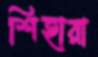
শিহারা